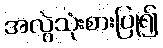
အလွဲသုံးစားပြု၍